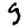
Digit: 9